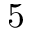
5